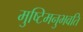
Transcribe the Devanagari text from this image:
मुष्टिमनुभवति